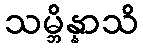
သမ္ဘိန္နာသိ